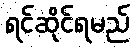
ရင်ဆိုင်ရမည်